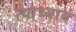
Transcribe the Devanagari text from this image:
त्याच्यावं